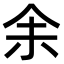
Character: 𪜬